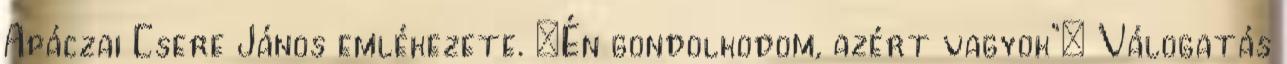
Apáczai Csere János emlékezete. „Én gondolkodom, azért vagyok”: Válogatás